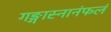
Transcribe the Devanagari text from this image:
गङ्गास्नानंफलं